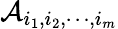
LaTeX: \mathcal A_{i_{1},i_{2},\cdots,i_{m}}